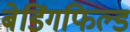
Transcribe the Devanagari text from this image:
बेडिंगफिल्ड